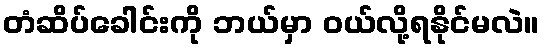
တံဆိပ်ခေါင်းကို ဘယ်မှာ ဝယ်လို့ရနိုင်မလဲ။